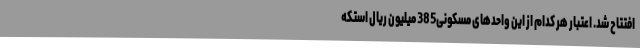
افتتاح شد. اعتبار هر کدام از این واحدهای مسکونی385 میلیون ریال استکه